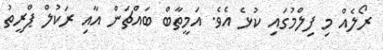
ރޯލެއް މި ފިލްމުގައި ކުޅެ އެވެ. އަމީތާބް ބައްޗަން އާއި ރަކުލް ޕްރީތު